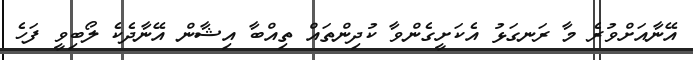
އޭނާއަށްވުރެ މާ ރަނގަޅު އެކަށީގެންވާ ކުދިންތައް ތިއްބާ އިޝާން އޭނާދެކެ ލޯބިވީ ފަހެ